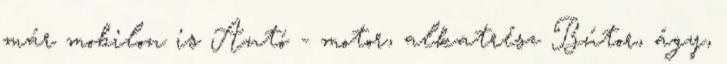
már mobilon is Autó - motor, alkatrész Bútor, ágy,